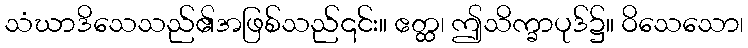
သံဃာဒိသေသည်၏အဖြစ်သည်၎င်း။ ဧတ္ထ၊ ဤသိက္ခာပုဒ်၌။ ဝိသေသော၊